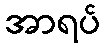
အာရပ်